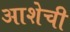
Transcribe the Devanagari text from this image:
आशेची